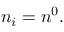
\begin{array} { r } { n _ { i } = n ^ { 0 } . } \end{array}